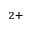
^ { 2 + }